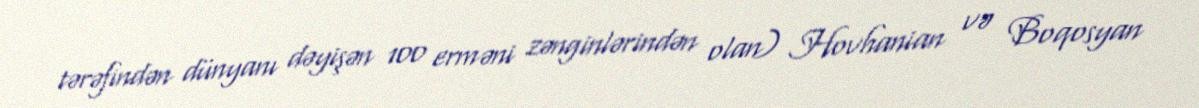
tərəfindən dünyanı dəyişən 100 erməni zənginlərindən olan) Hovhanian və Boqosyan